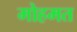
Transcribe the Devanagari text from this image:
मोहमत